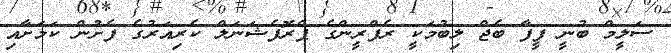
ސަލީމް ބުނީ ފީފާ ބެޖް ލިބުމަކީ ރެފްރީންގެ ޕްރޮފެޝަނަލް ކެރިއަރުގެ ފެށުން ކަމަށާއި